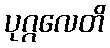
ပုဂ္ဂလေတိ